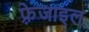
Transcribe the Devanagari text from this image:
फ़्रेजाइल